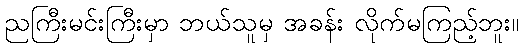
ညကြီးမင်းကြီးမှာ ဘယ်သူမှ အခန်း လိုက်မကြည့်ဘူး။